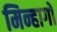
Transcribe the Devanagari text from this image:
मिन्हागों